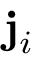
\mathbf { j } _ { i }